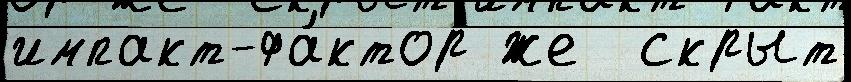
импакт-фа́ктор же  скрыт